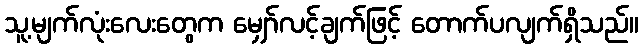
သူ့မျက်လုံးလေးတွေက မျှော်လင့်ချက်ဖြင့် တောက်ပလျက်ရှိသည်။